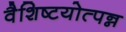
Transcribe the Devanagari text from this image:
वैशिष्टयोत्पन्न